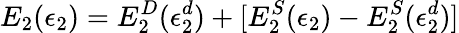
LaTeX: E_{2}(\epsilon_{2})=E_{2}^{D}(\epsilon_{2}^{d})+[E_{2}^{S}(\epsilon_{2})-E_{2}^{S}(\epsilon_{2}^{d})]